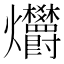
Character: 𤓭